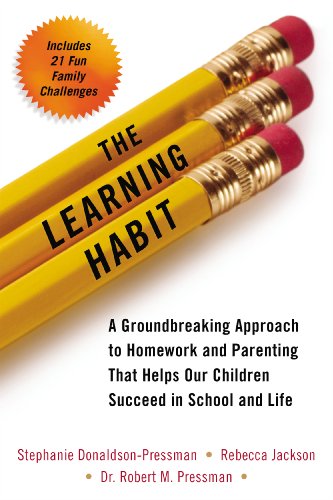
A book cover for The Learning Habit: A Groundbreaking Approach to Homework and Parenting that Helps Our Children Succeed in School and Life; Stephanie Donaldson-Pressman; Test Preparation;